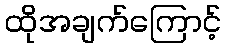
ထိုအချက်ကြောင့်